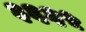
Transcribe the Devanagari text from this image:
३६६५